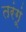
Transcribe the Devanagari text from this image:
तरंगूं